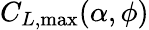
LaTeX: C_{L,\textrm{max}}(\alpha,\phi)